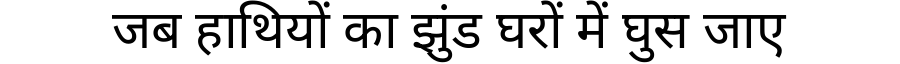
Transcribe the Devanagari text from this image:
जब हाथियों का झुंड घरों में घुस जाए